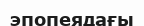
эпопеядағы